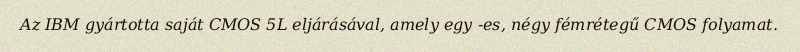
Az IBM gyártotta saját CMOS 5L eljárásával, amely egy -es, négy fémrétegű CMOS folyamat.